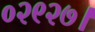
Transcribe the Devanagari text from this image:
०२९२७।